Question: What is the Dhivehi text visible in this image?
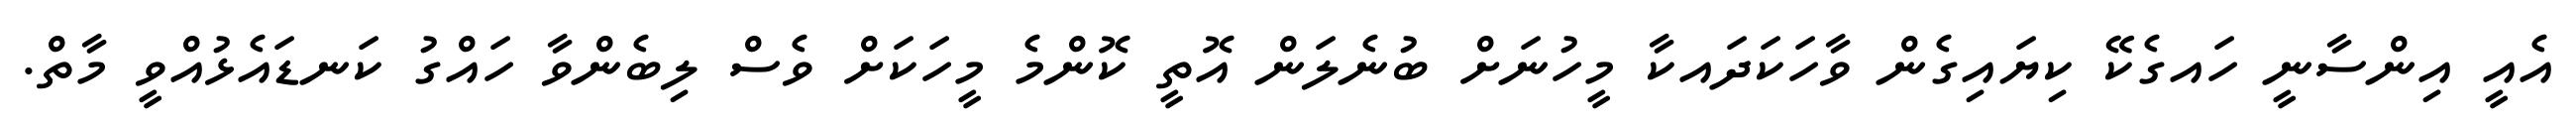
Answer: އެއީ އިންސާނީ ހައގެކޭ ކިޔައިގެން ވާހަކަދައކާ މީހުނަށް ބުނެލަން އޮތީ ކޮންމެ މީހަކަށް ވެސް ލިބެންވާ ހައްގު ކަނޑައެޅުއްވީ މާތް.